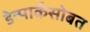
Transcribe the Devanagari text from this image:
डेन्मार्कसोबत